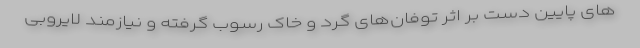
های پایین دست بر اثر توفان‌های گرد و خاک رسوب گرفته و نیازمند لایروبی